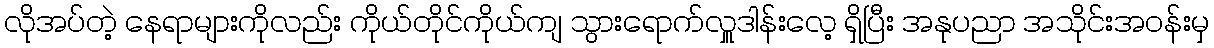
လိုအပ်တဲ့ နေရာများကိုလည်း ကိုယ်တိုင်ကိုယ်ကျ သွားရောက်လှူဒါန်းလေ့ ရှိပြီး အနုပညာ အသိုင်းအဝန်းမှ